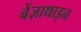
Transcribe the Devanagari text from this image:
बेंज़ाथाइन